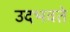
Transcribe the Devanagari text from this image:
उदभवते